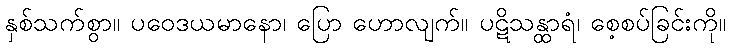
နှစ်သက်စွာ။ ပဝေဒယမာနော၊ ပြော ဟောလျက်။ ပဋိသန္ထာရံ၊ စေ့စပ်ခြင်းကို။